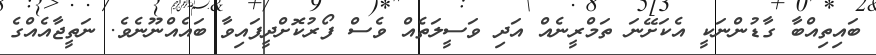
ބައިތިއްބާ ގާޑުންނަކީ އެކަށޭނަ ތަމްރީނެއް އަދި ވަސީލަތެއް ވެސް ފޯރުކޮށްދީފައިވާ ބައެއްނޫނެވެ. ނަތީޖާއެއްގެ